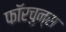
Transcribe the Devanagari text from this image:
फॉरचुन्स